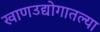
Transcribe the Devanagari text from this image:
खाणउद्योगातल्या